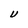
Character: U